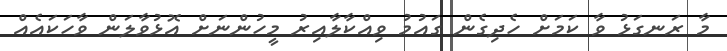
މާ ރަނގަޅު ވާ ކަމަށް ހެދިގެން ގައުމު ވިއްކާލާއިރު މީހުންނަށް އޮޅުވާލަން ވާހަކައެއް